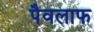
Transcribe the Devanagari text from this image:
पैवलाफ